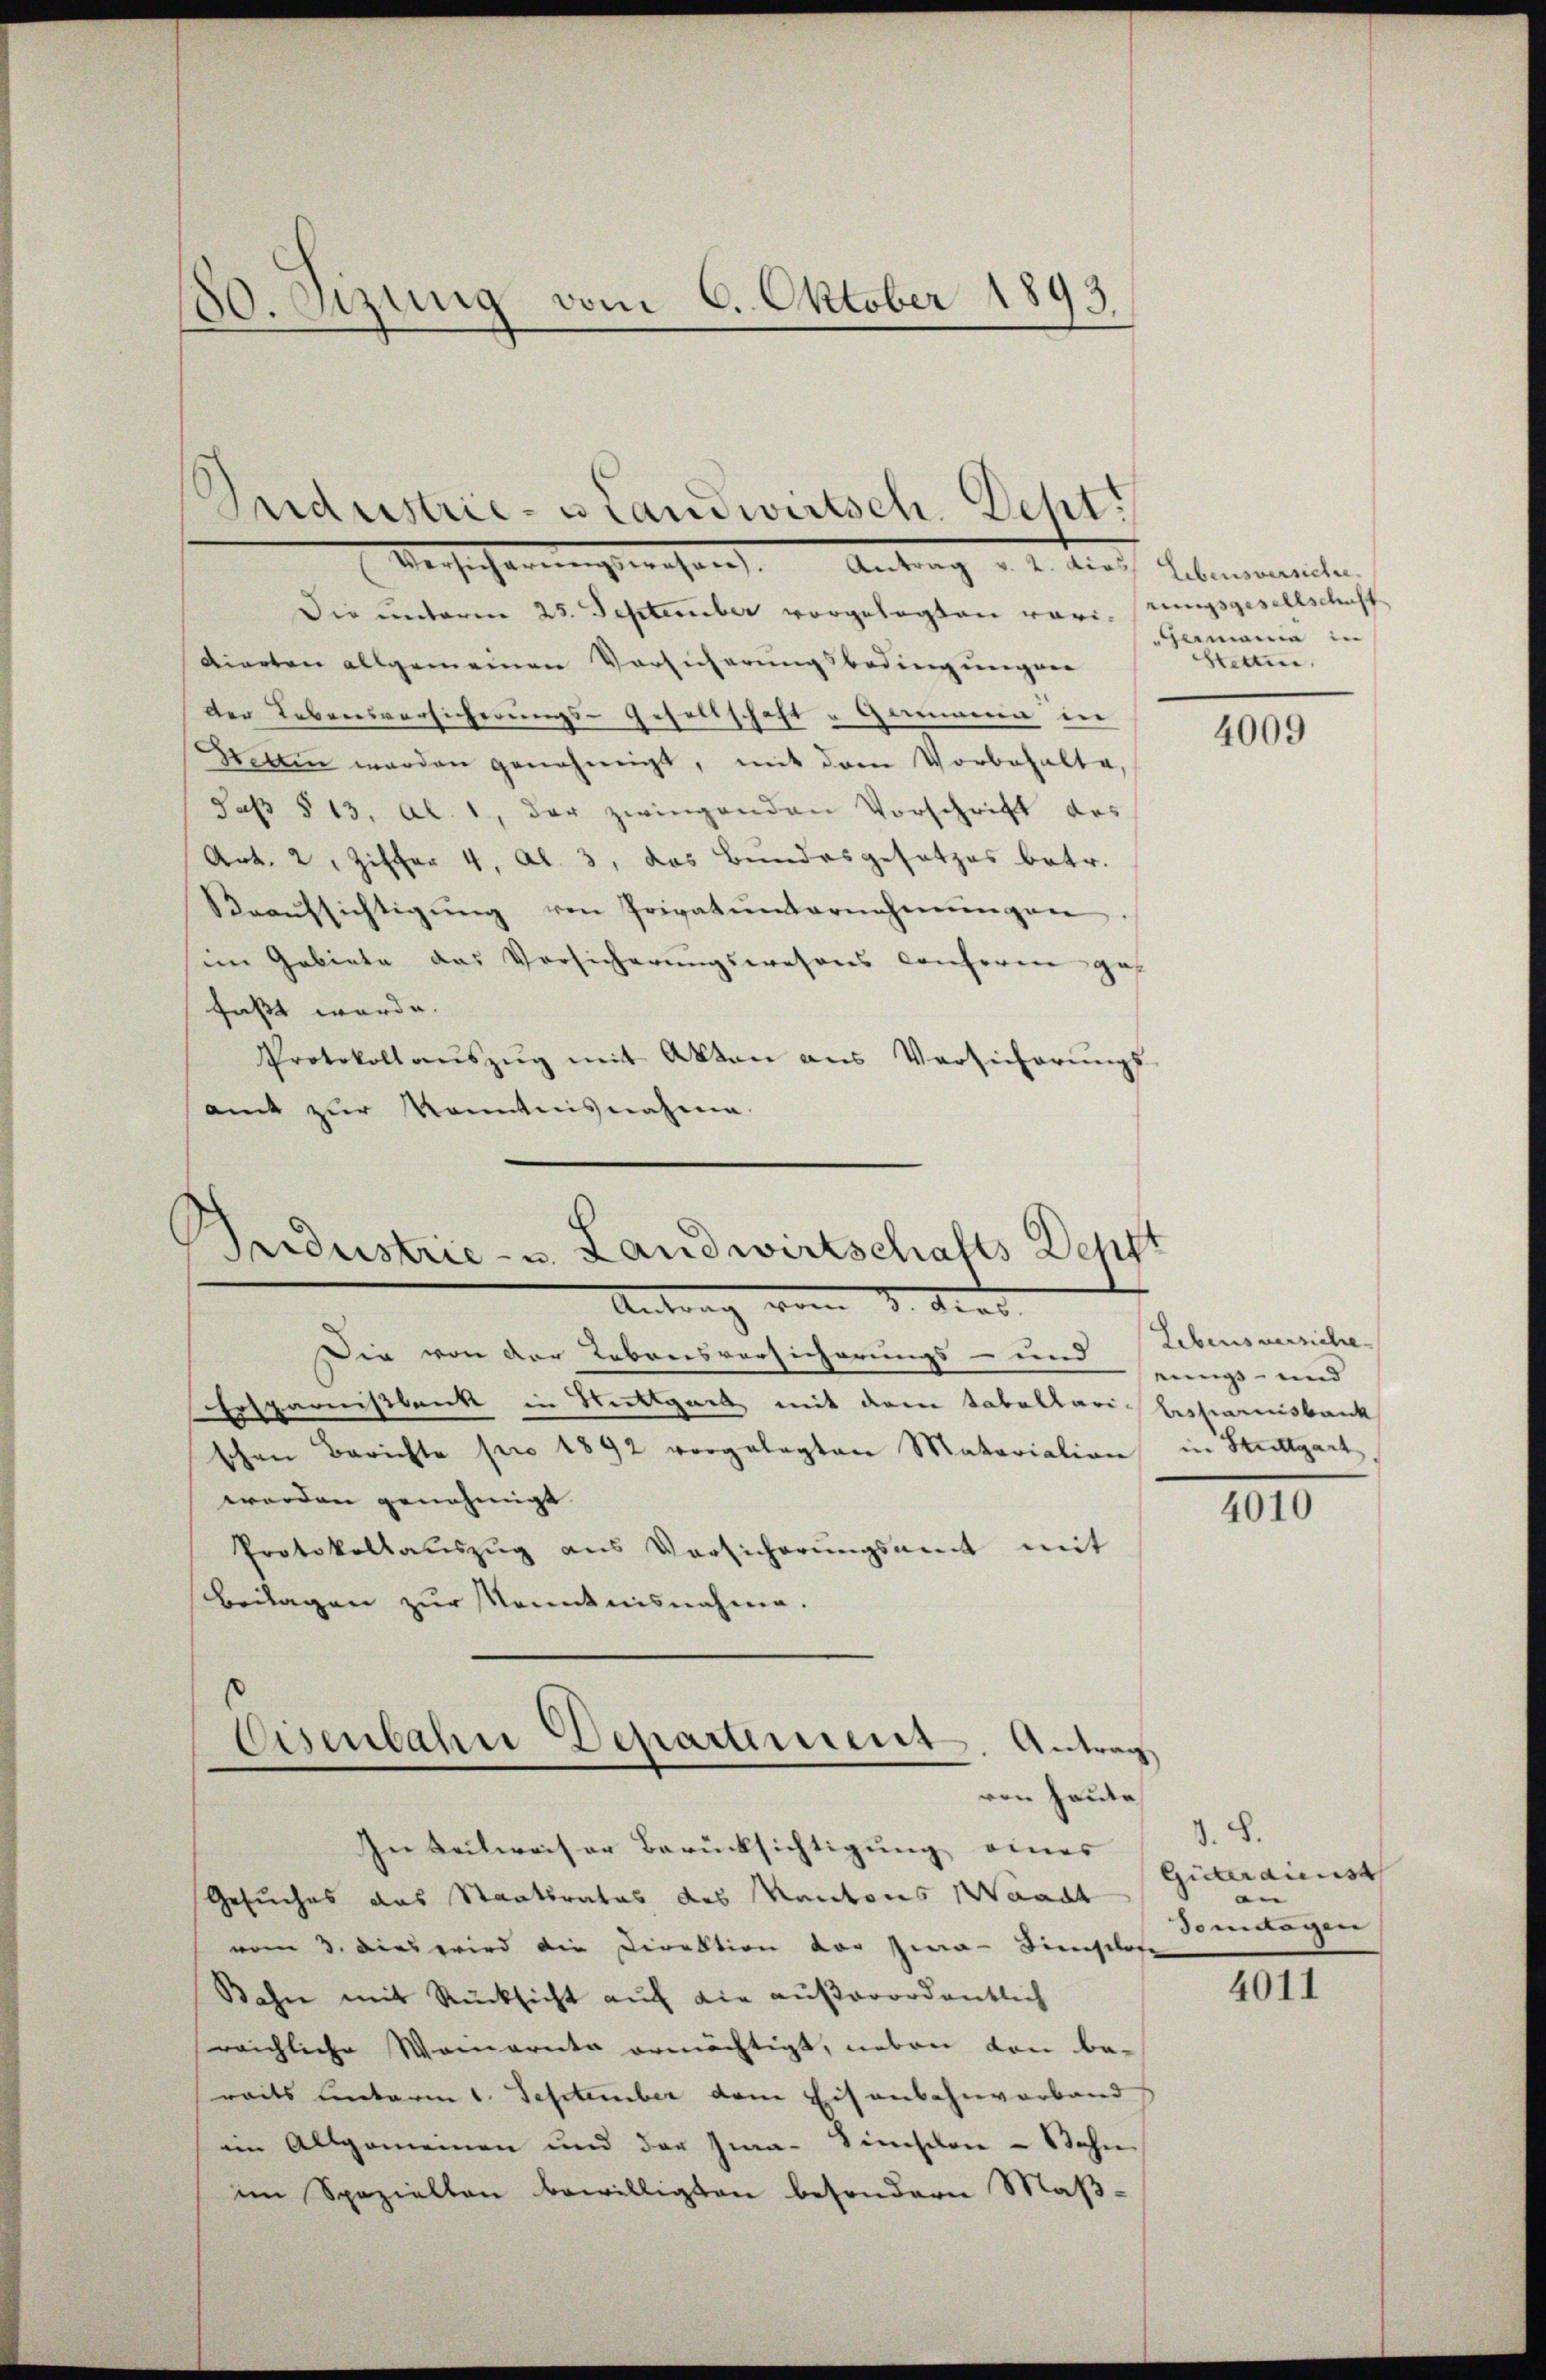
80. Szung vom 6. Oktober 1893

Versicherungswahren. Antrag a. u. tief hebenomenten
Die unterm 25. September vorgelegten varirungsgesellschaff
dierten allgemeinen Vorsicherungsbedingungen
der Lebensversicherungs-Gesellschaft - Gammen in
Helen werden genehmigt, mit dem Vorbehalte,
Jas § 13, Al. 1, der zwingenden Vorschrift das
Art. 2, Ziffer 4. Al. 3, das Bundesgesetzes betr.
Reaŭfsichtigŭng von Privatunternehmungen.
im Gebiete das Vorsicherungswesens conferen geh
faßt werde.
Protokoll aŭszŭg mit Akten aus Versicherŭngs-
amt zŭr Kenntnisnahme.

Suidustrie- u Landwirtsch. Dept.

Gesuches das Staatsrates des Kantons Waadt
vom 3. dies wird die Direktion der Zwa- Finslose
Bahn mit Rücksicht auf die außerordentlich
reichliche Weinarita ermächtigt, neben von bereits unterm 1. September dem Eisenbahnverband
ein Allgemeinen und der Jwa-Simplon - Bahn
im Speziellen bewilligten besondern Maß¬

Industrie- u. Landwirtschafts Deppt
Antrag vom 3. dens

Die von der Lebensversicherungs- und
Ersparnißbank in Stuttgart mit dem tabellari Ersparnsbank
schen Berichte pro 1892 vorgelegten Matariation in Stuttgart
werden genehmigt |
Protokollauszug aus Vorsicherungsamt mit
Beilagen zur Kenntnisnahme.

Eisenbahne Departement. Antrag
ven heute
In Teilweiser Berücksichtigung eines

Germania in
Stetten.

4009

Lebensversiche
einigs- und

4010

V. S.
Güterdienst |
n
Sontagen

4011